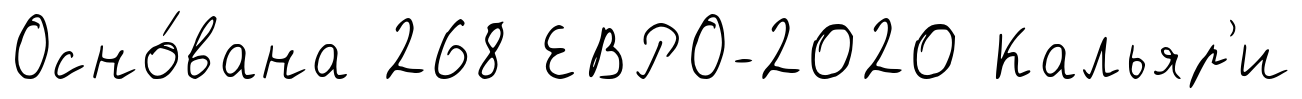
Осно́вана 268 ЕВРО-2020 Кальяр'и